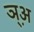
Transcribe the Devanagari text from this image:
ञ़्अ